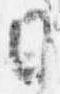
日